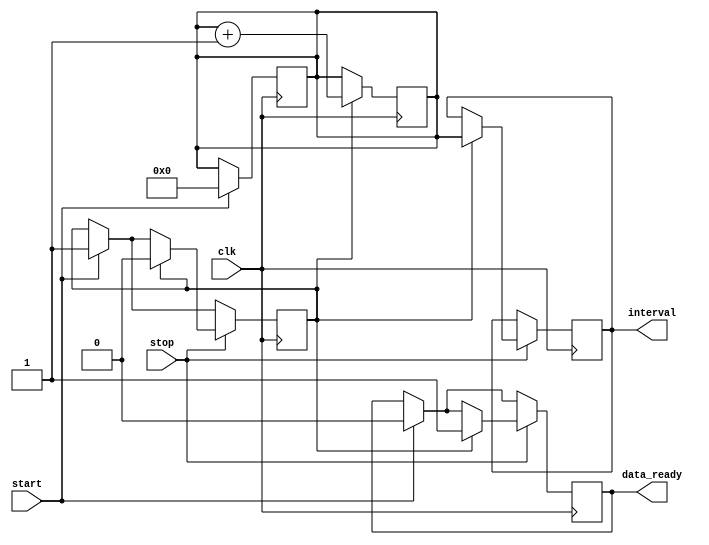
module TDC (
    input wire clk,           // Clock signal
    input wire start,         // Start signal
    input wire stop,          // Stop signal
    output reg [15:0] interval,  // Output interval in clock cycles
    output reg data_ready      // Signal indicating data is ready
);

// State definition
reg [15:0] counter;           // 16-bit counter to count clock cycles
reg capturing;                // Flag to indicate if we're capturing the interval

// Memory for storing captured intervals (FIFO)
reg [15:0] memory [0:15];    // Example: 16 entries in memory
reg [3:0] write_pointer;      // Pointer for writing to memory
reg [3:0] read_pointer;       // Pointer for reading from memory

// Initialize the registers
initial begin
    counter = 16'b0;
    write_pointer = 4'b0;
    read_pointer = 4'b0;
    data_ready = 1'b0;
    capturing = 1'b0;
end

// Main clock process
always @(posedge clk) begin
    if (capturing) begin
        // Increment counter while capturing
        counter <= counter + 1;
    end
end

// Control logic for start and stop signals
always @(posedge clk) begin
    if (start) begin
        // Start counting on rising edge of start signal
        counter <= 16'b0;    // Reset counter
        capturing <= 1'b1;    // Enable capturing
        data_ready <= 1'b0;   // Clear data ready flag
    end

    if (stop) begin
        // Capture the interval on rising edge of stop signal
        if (capturing) begin
            interval <= counter;  // Output the current count
            memory[write_pointer] <= interval;  // Store in memory
            write_pointer <= write_pointer + 1; // Update write pointer
            capturing <= 1'b0;    // Disable capturing
            data_ready <= 1'b1;   // Set data ready flag
        end
    end
end

endmodule